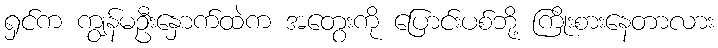
ရှင်က ကျွန်မဦးနှောက်ထဲက အတွေးကို ပြောင်းပစ်ဘို့ ကြိုးစားနေတာလား